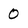
Character: 0